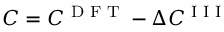
C = C \sp { \textnormal { D F T } } - \Delta C \sp { \textnormal { I I I } }